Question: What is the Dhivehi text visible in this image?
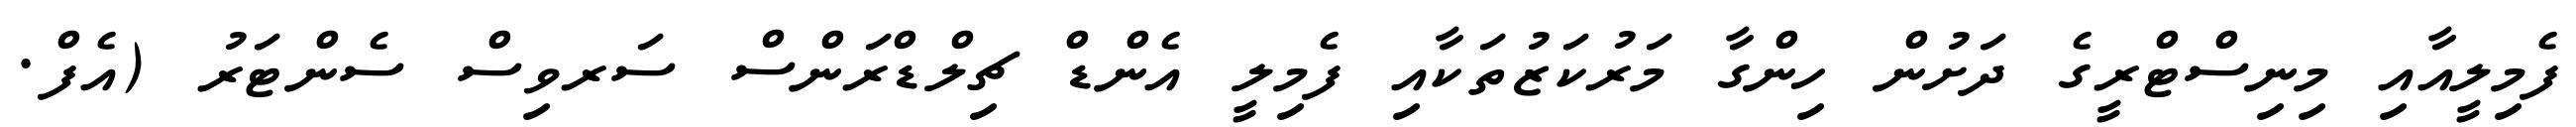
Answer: ފެމިލީއާއި މިނިސްޓްރީގެ ދަށުން ހިންގާ މަރުކަޒުތަކާއި ފެމިލީ އެންޑް ޗިލްޑްރަންސް ސަރވިސް ސެންޓަރު (އެފް.